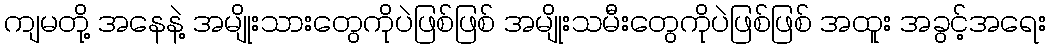
ကျမတို့ အနေနဲ့ အမျိုးသားတွေကိုပဲဖြစ်ဖြစ် အမျိုးသမီးတွေကိုပဲဖြစ်ဖြစ် အထူး အခွင့်အရေး